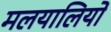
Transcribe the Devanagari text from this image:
मलयालियो